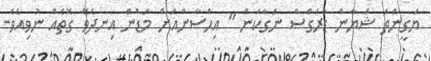
ޔަގީންތަ ޝަޔާން ޑްރަގްސް ނަގާކަން " އިޙްސާންއަށް މަޑުން އިނދެވޭ ގޮތެއް ނުވިއެވެ.